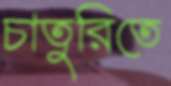
চাতুরিতে